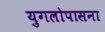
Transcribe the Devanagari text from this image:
युगलोपासना